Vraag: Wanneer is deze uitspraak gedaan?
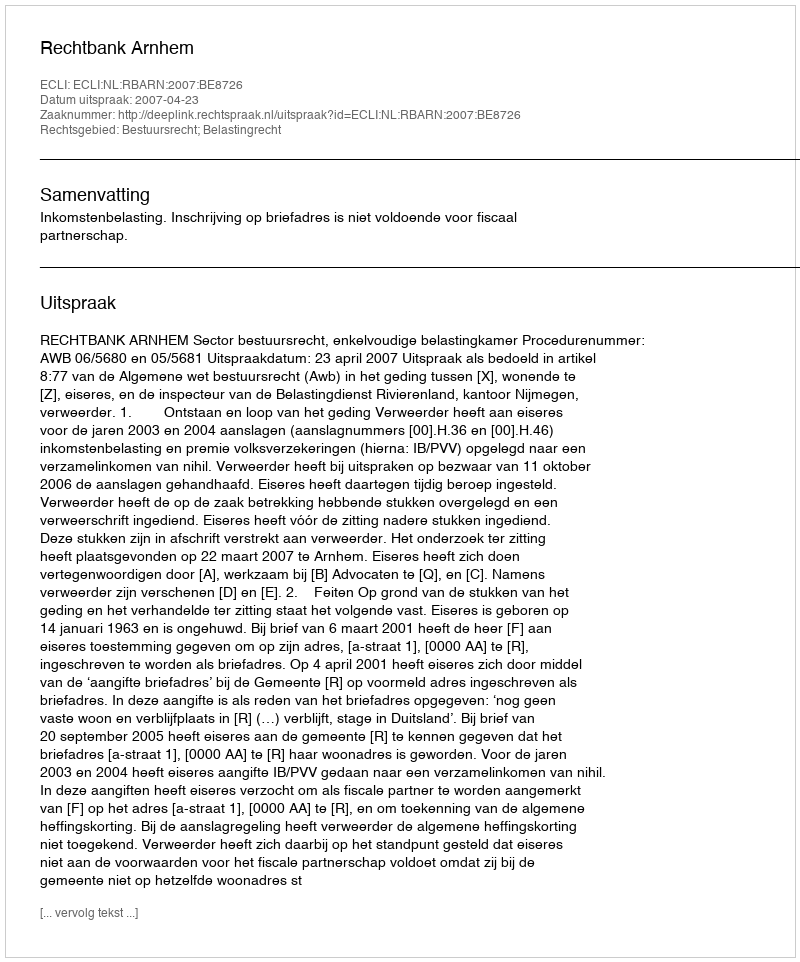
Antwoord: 2007-04-23